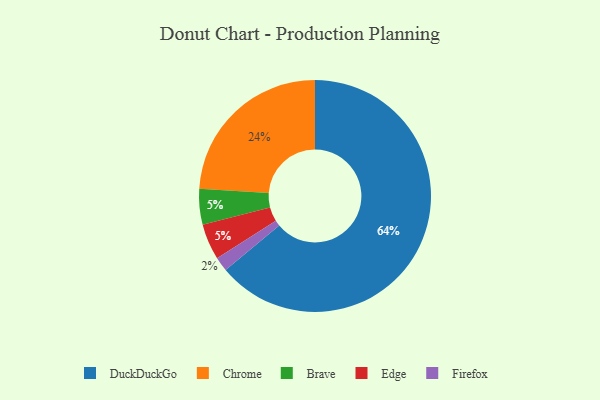
{"axis": {"x": "Category", "y": "Percentage"}, "legend": ["Brave", "Chrome", "DuckDuckGo", "Edge", "Firefox"], "data": [{"x": "Firefox", "y": 2, "type": "Firefox"}, {"x": "Chrome", "y": 24, "type": "Chrome"}, {"x": "Brave", "y": 5, "type": "Brave"}, {"x": "Edge", "y": 5, "type": "Edge"}, {"x": "DuckDuckGo", "y": 64, "type": "DuckDuckGo"}]}